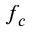
f _ { c }